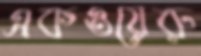
একওয়েরু